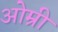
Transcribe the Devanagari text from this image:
ओम्री